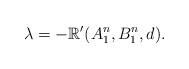
LaTeX: \begin{align*}\lambda = -\mathbb{R}'(A_1^n, B_1^n, d). \end{align*}